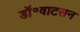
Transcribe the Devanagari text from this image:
डॉ॰वाटसन